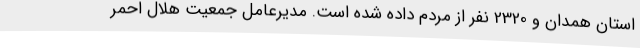
استان همدان و 2320 نفر از مردم داده شده است. مدیرعامل جمعیت هلال احمر